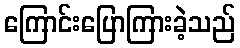
ကြောင်းပြောကြားခဲ့သည်